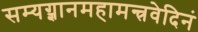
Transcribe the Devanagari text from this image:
सम्यग्ज्ञानमहामन्त्रवेदिनं